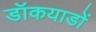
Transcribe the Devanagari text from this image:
डॉकयाडों